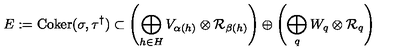
E : = \mathrm { C o k e r } ( \sigma , \tau ^ { \dagger } ) \subset \left( \bigoplus _ { h \in H } V _ { \alpha ( h ) } \otimes { \cal R } _ { \beta ( h ) } \right) \oplus \left( \bigoplus _ { q } W _ { q } \otimes { \cal R } _ { q } \right)